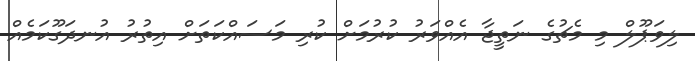
ލިވަޕޫލް މި މެޗުގެ ނަތީޖާ އެއްވަރު ކުރުމަށް ކުރި މަސައްކަތަށް އިތުރު އުނދަގޫކަމެއް